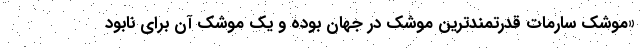
«موشک سارمات قدرتمندترین موشک در جهان بوده و یک موشک آن برای نابود